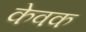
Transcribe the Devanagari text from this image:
केवक